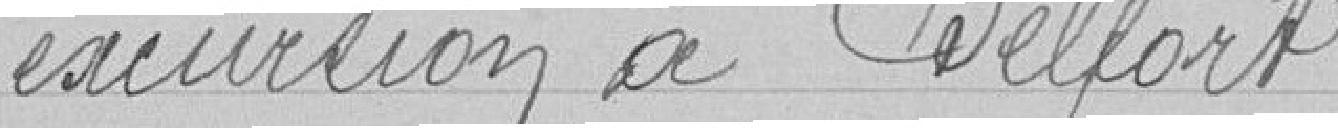
réunion à Belfort